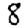
Digit: 8